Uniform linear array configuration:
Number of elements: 32
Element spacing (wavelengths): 0.5
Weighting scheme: blackman
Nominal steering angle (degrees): -60
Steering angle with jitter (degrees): -60.862
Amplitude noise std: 0.05
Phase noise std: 0.05

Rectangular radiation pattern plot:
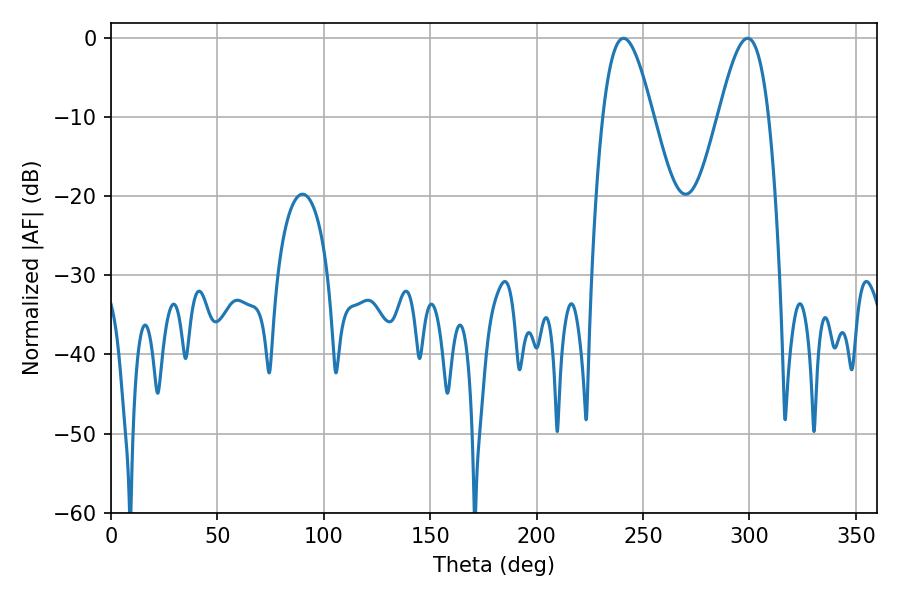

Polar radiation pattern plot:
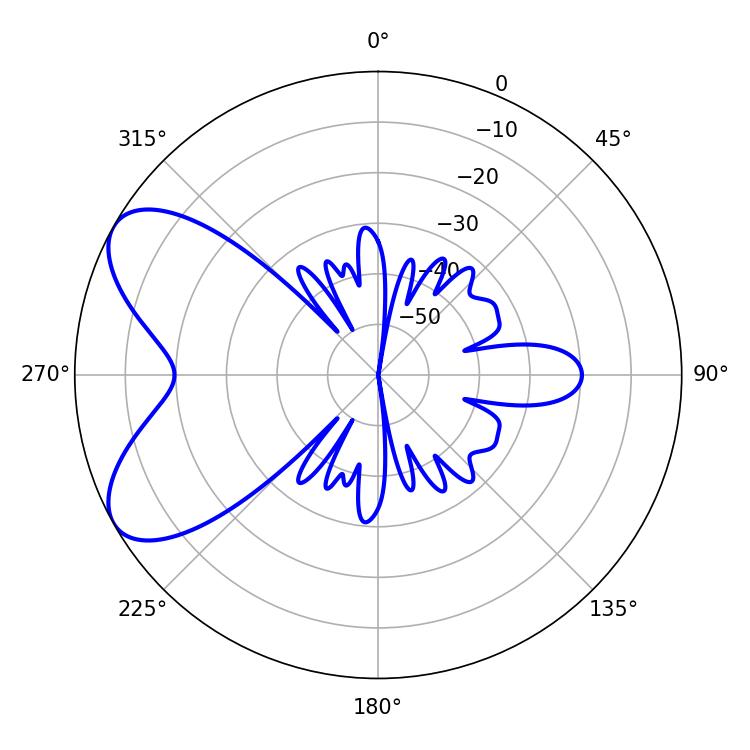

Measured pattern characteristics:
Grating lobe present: FALSE
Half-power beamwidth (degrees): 12.78
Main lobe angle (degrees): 240.84